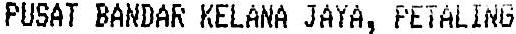
PUSAT BANDAR KELANA JAYA, PETALING